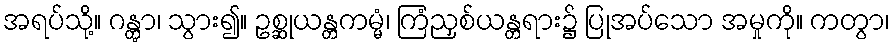
အရပ်သို့။ ဂန္တွာ၊ သွား၍။ ဥစ္ဆုယန္တကမ္မံ၊ ကြံညှစ်ယန္တရား၌ ပြုအပ်သော အမှုကို။ ကတွာ၊